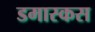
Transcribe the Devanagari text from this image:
डमास्कस